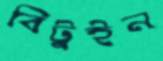
বিটুইন